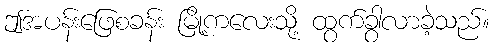
ဤအပန်းဖြေစခန်း မြို့ကလေးသို့ ထွက်ခွာလာခဲ့သည်။